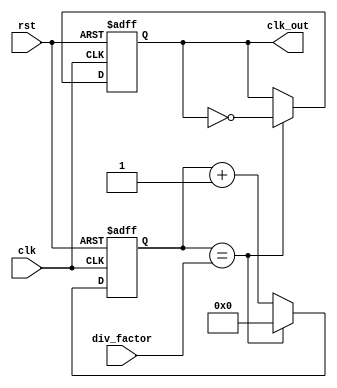
module clock_divider (
  input wire clk,
  input wire rst,
  input wire [7:0] div_factor,
  output reg clk_out
);

reg [7:0] counter;

always @(posedge clk or posedge rst) begin
  if (rst) begin
    counter <= 8'h00;
    clk_out <= 1'b0;
  end else begin
    if (counter == div_factor) begin
      counter <= 8'h00;
      clk_out <= ~clk_out;
    end else begin
      counter <= counter + 1;
    end
  end
end

endmodule